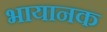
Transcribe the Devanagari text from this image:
भायानक